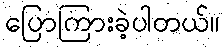
ပြောကြားခဲ့ပါတယ်။